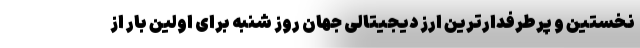
نخستین و پرطرفدارترین ارز دیجیتالی جهان روز شنبه برای اولین بار از